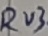
Text: RV3